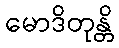
မောဒိတုန္တိ